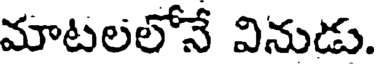
మాటలలోనే వినుడు.